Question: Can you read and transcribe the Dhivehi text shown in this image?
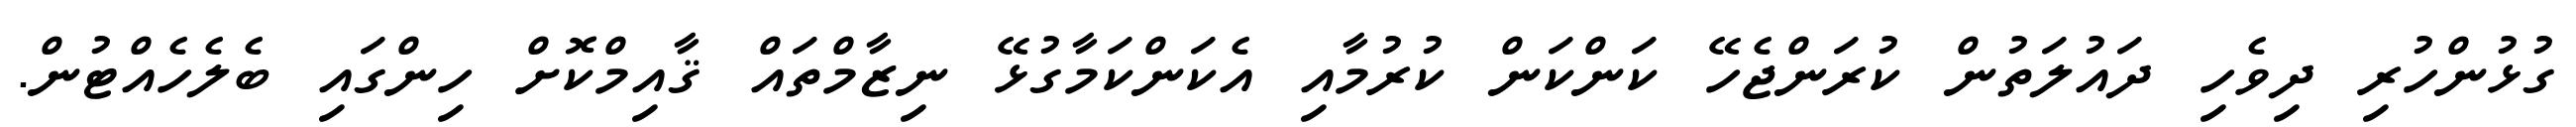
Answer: ގުޅުންހުރި ދިވެހި ދައުލަތުން ކުރަންޖެހޭ ކަންކަން ކުރުމާއި އެކަންކަމާގުޅޭ ނިޒާމްތައް ޤާއިމްކޮށް ހިންގައި ބެލެހެއްޓުން.